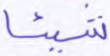
شيئا